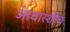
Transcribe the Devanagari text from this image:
आचारशौच